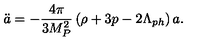
\ddot { a } = - \frac { 4 \pi } { 3 M _ { P } ^ { 2 } } \left( \rho + 3 p - 2 \Lambda _ { p h } \right) a .